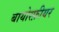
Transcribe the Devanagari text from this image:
बायोस्फ़ीयर